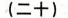
（二十)